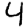
Digit: 4